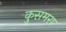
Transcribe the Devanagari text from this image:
कुसमरा